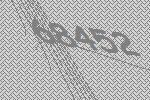
68452